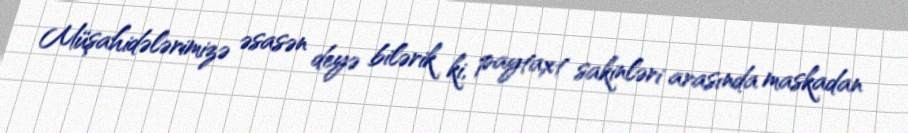
Müşahidələrimizə əsasən deyə bilərik ki, paytaxt sakinləri arasında maskadan